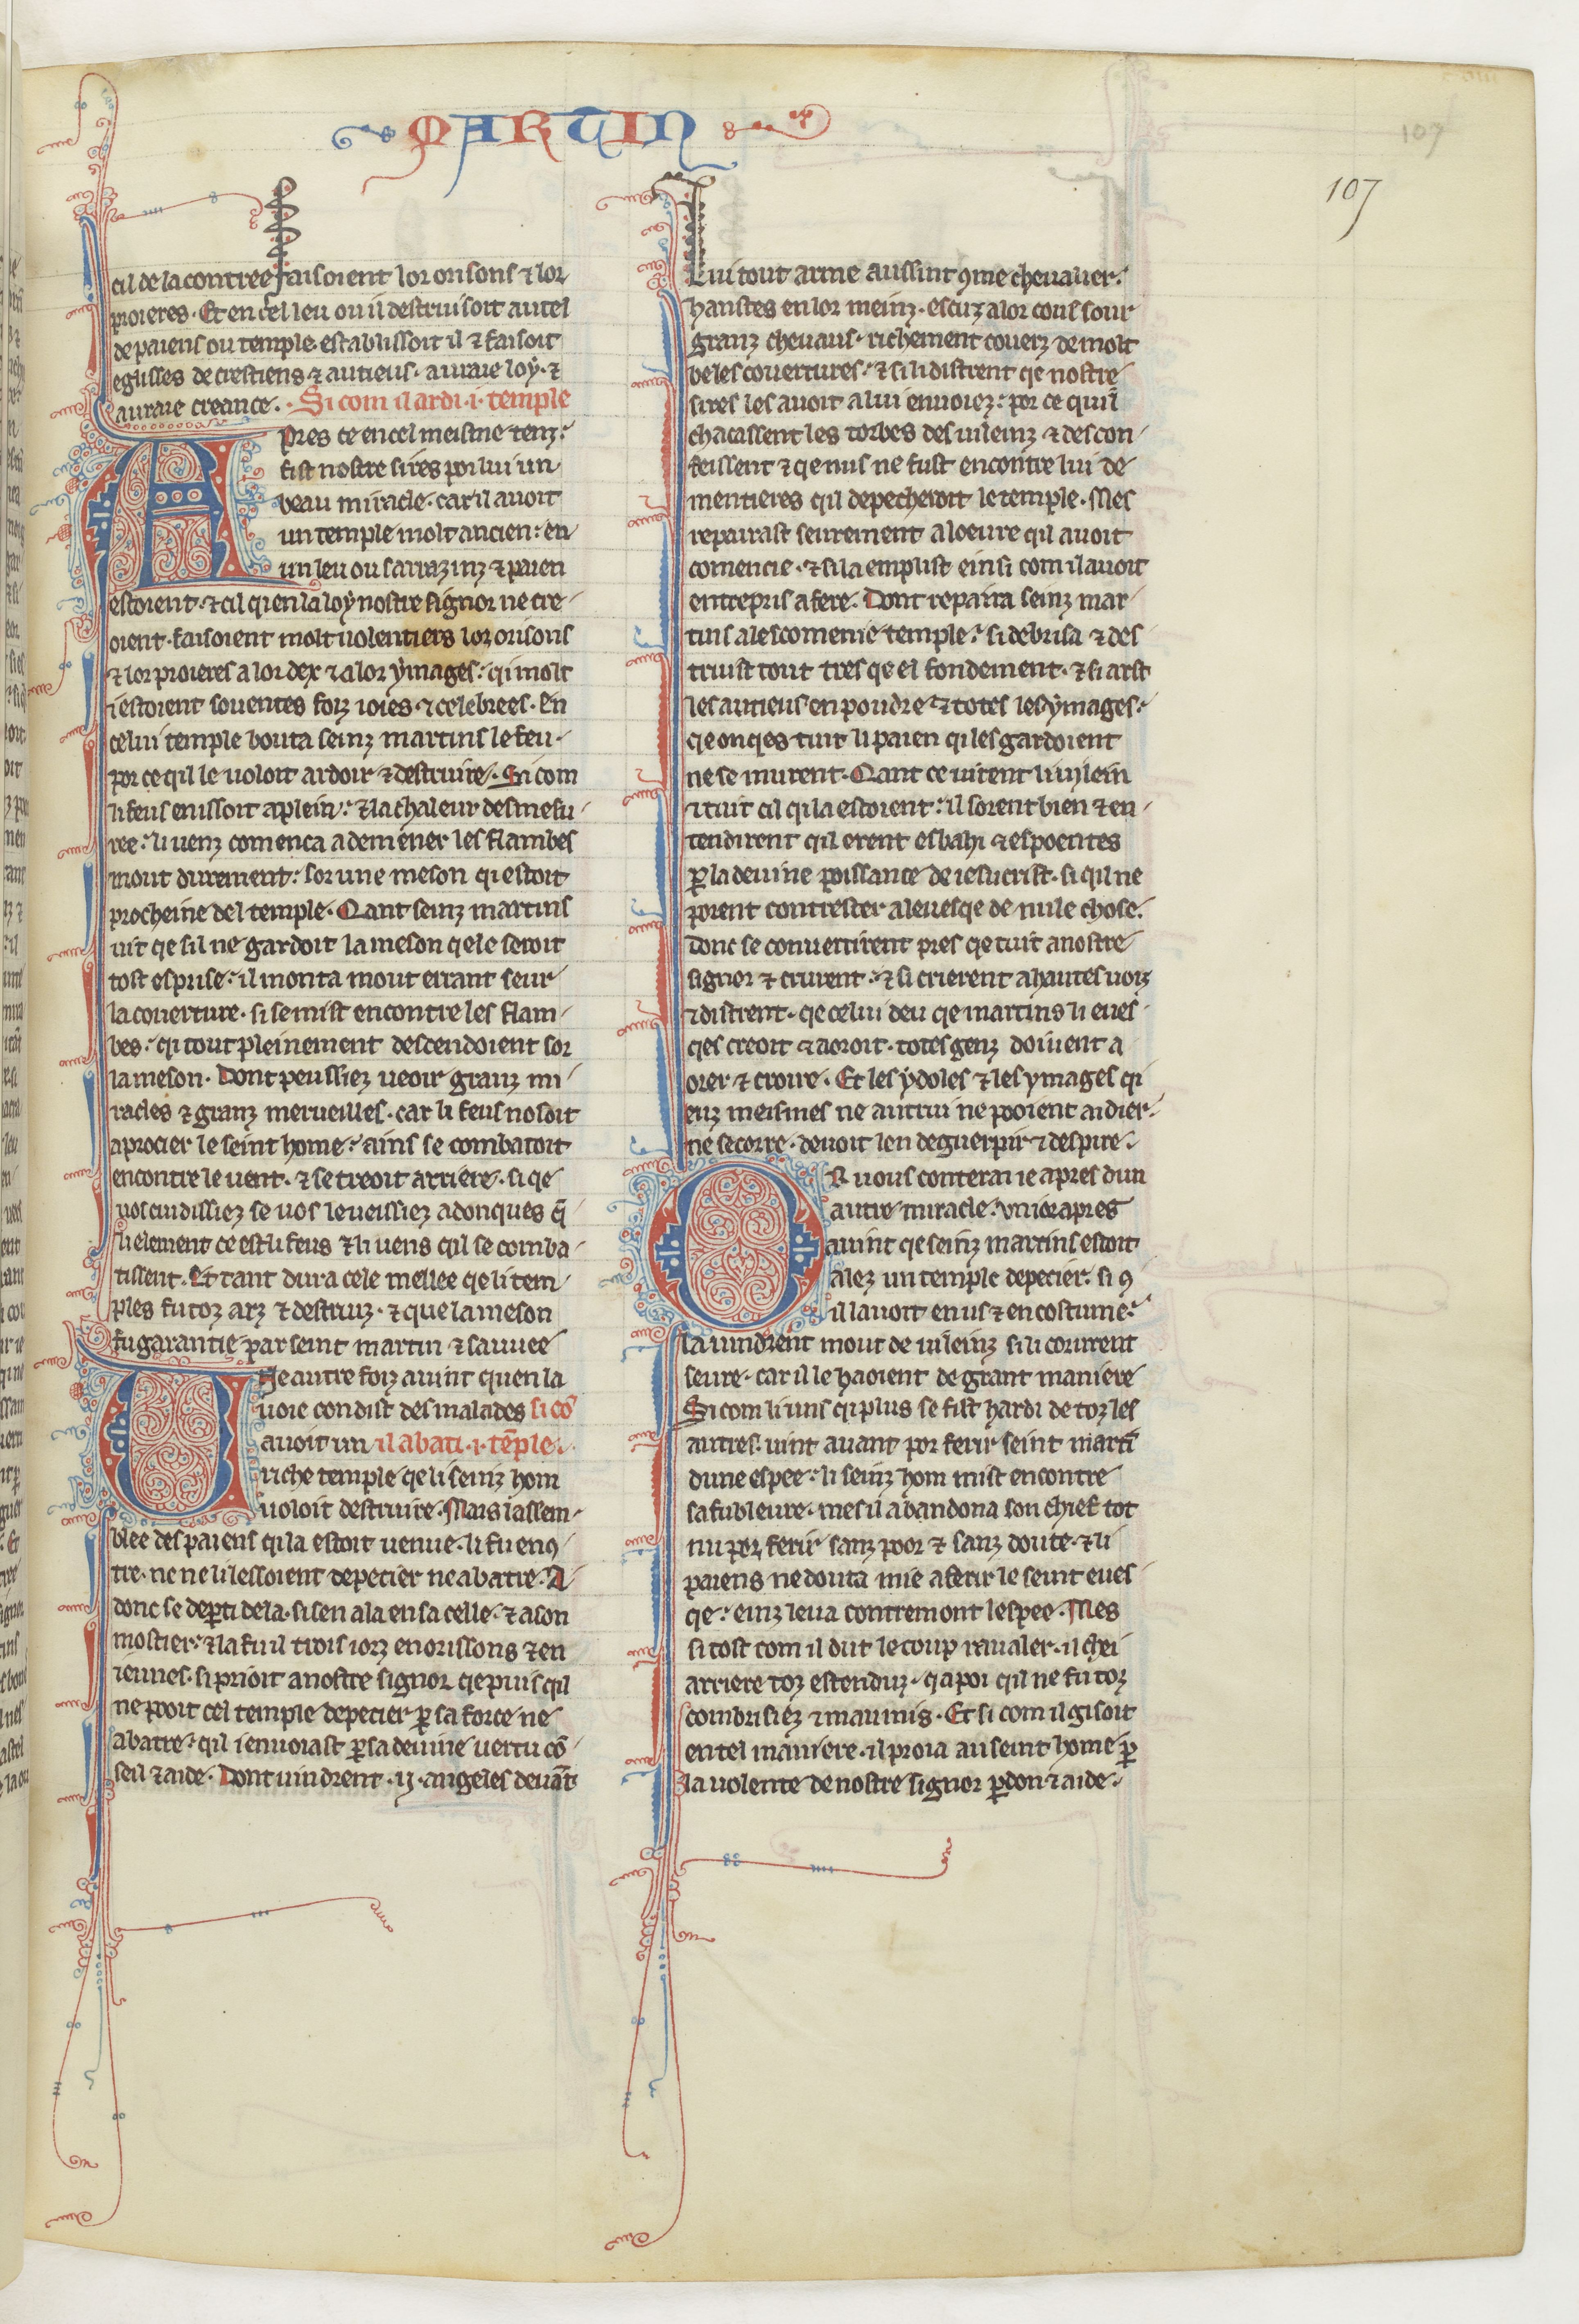
Shelfmark: Paris, BnF, fr. 412
Century: 13